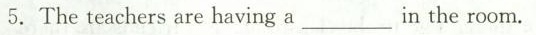
5.The teachers are having a___ in the room.